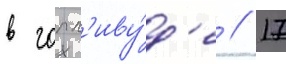
в голл'иву́д'е // 17